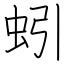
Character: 蚓